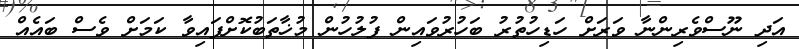
އަދި ނޫސްވެރިންނާ ވަރަށް ހަޑިހުތުރު ބަހުރުވައިން ފުލުހުން މުޚާތަބުކޮށްފައިވާ ކަމަށް ވެސް ބައެއް